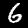
Label: 6